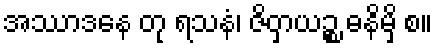
အဿာဒနေ တု ရသနံ၊ ဇိဝှာယဉ္စ ဓနိမှိ စ။